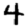
Digit: 4